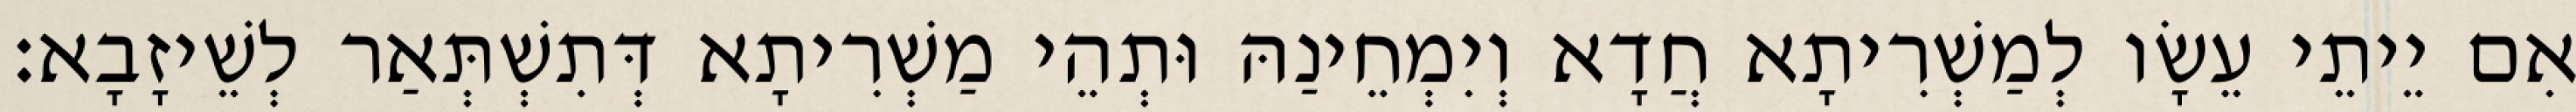
אִם יֵיתֵי עֵשָׂו לְמַשְׁרִיתָא חֲדָא וְיִמְחֵינַהּ וּתְהֵי מַשְׁרִיתָא דְּתִשְׁתְּאַר לְשֵׁיזָבָא׃